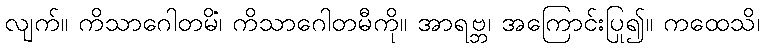
လျက်။ ကိသာဂေါတမိံ၊ ကိသာဂေါတမီကို။ အာရဗ္ဘ၊ အကြောင်းပြု၍။ ကထေသိ၊